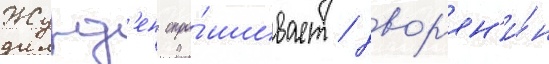
Журд'ен спра́шивает / двор'ян'и́н